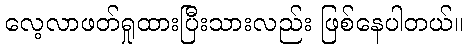
လေ့လာဖတ်ရှုထားပြီးသားလည်း ဖြစ်နေပါတယ်။